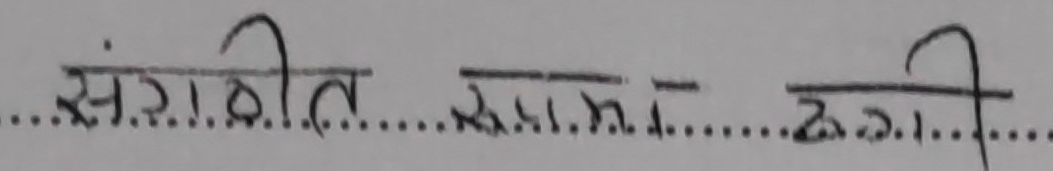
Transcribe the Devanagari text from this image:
संगीत सामा रगी